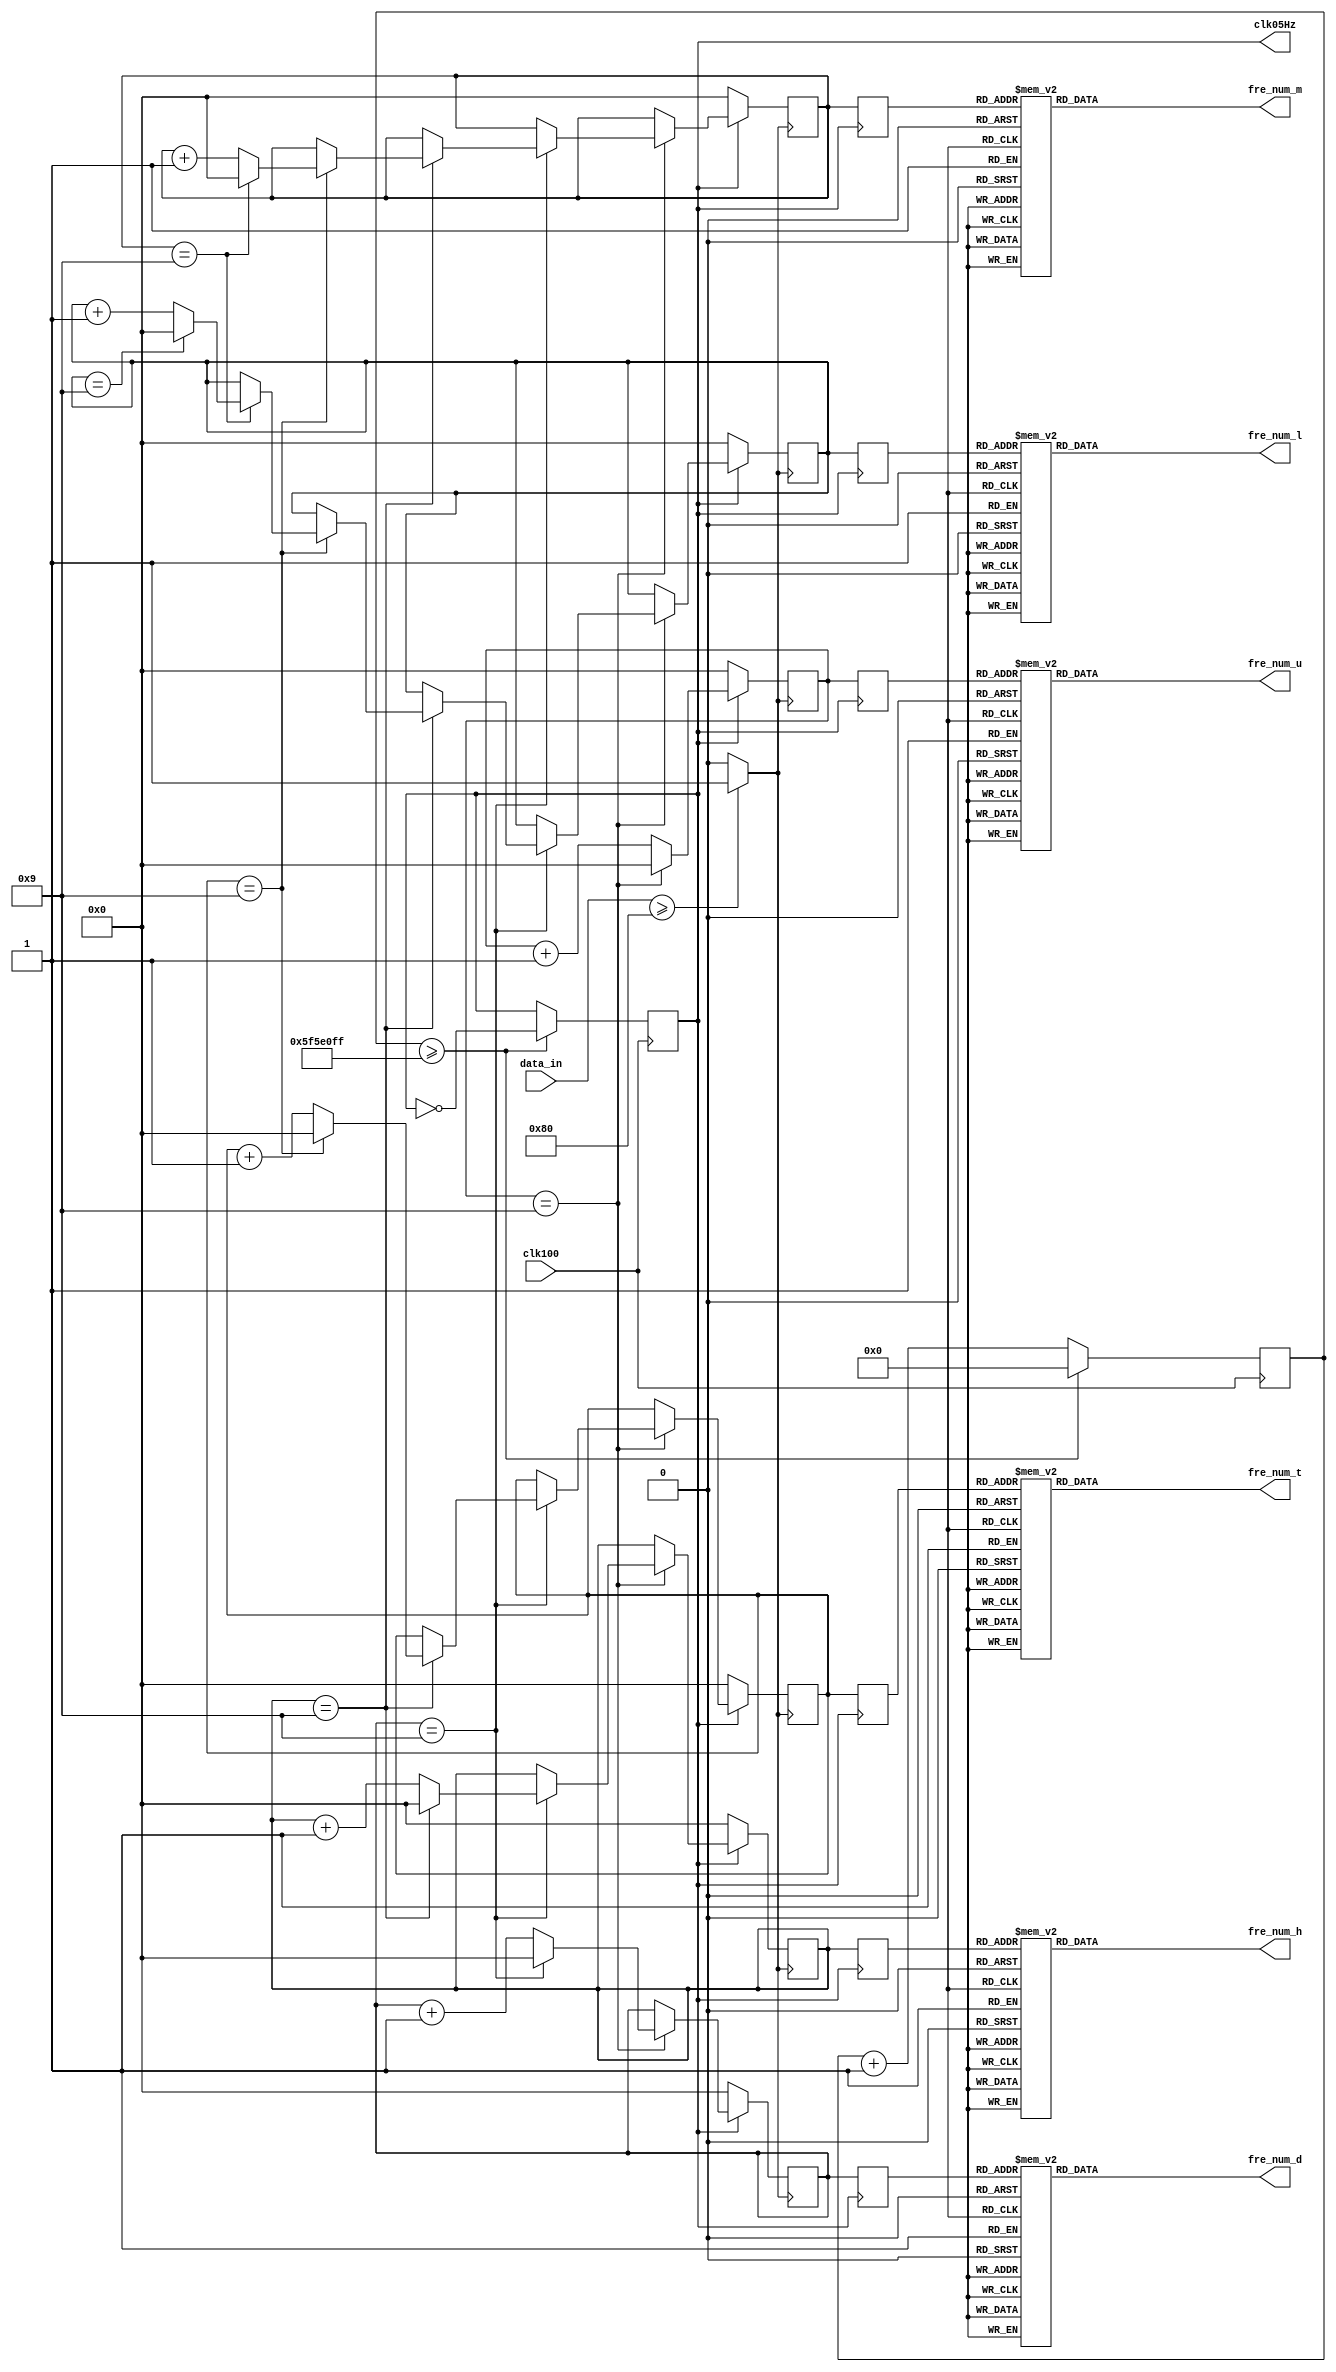
`timescale 1ns / 1ps

module Fre_Calculate(
input clk100,//clock input,100MHz
output clk05Hz,//clock output,0.5 Hz
input [7:0] data_in,//waveform data
output reg[3:0] fre_num_u,//unit bit of frequence 
output reg[3:0] fre_num_d,//decade bit of frequence 
output reg[3:0] fre_num_h,//hundred  bit of frequence 
output reg[3:0] fre_num_t,//thousand bit of frequence 
output reg[3:0] fre_num_m,//myria bit of frequence 
output reg[3:0] fre_num_l//lac bit of frequence 

    );
    
reg[26:0] clk_1Hz_cnt;
reg clk1Hz;
always@(posedge clk100)begin
if(clk_1Hz_cnt>= 99999999)begin
clk_1Hz_cnt <= 0;
clk1Hz <= ~clk1Hz;
end
else
clk_1Hz_cnt <= clk_1Hz_cnt+1;
end
assign clk05Hz = clk1Hz;

reg[3:0] b0,b1,b2,b3,b4,b5;
reg[3:0] b0_reg,b1_reg,b2_reg,b3_reg,b4_reg,b5_reg;

wire pulse;
assign pulse = (data_in >= 8'b10000000 )? 1:0;
always@(posedge pulse)begin
    if(clk1Hz ==1'b1)begin
        if(b0==9) begin b0<=0;
             if(b1==9)begin b1<=0;
               if(b2==9)begin b2<=0;
                    if(b3==9)begin b3<=0; //
                          if(b4==9)begin b4<=0;
                              if(b5==9) b5<=0;
                              else b5<=b5+1;
                          end
                         else b4<=b4+1;
                        end			
                      else b3<=b3+1;
                    end
                  else b2<=b2+1;
              end
              else b1<=b1+1;
             end
        else b0<=b0+1;
    end
    else begin
        b0<=0;
        b1<=0;
        b2<=0;
        b3<=0;
        b4<=0;
        b5<=0; 
    end
end
    
always@(negedge clk1Hz)begin
    b0_reg <= b0;
    b1_reg <= b1;
    b2_reg <= b2;
    b3_reg <= b3;
    b4_reg <= b4;
    b5_reg <= b5;
end 
    

    
always@(*)begin
    case(b0_reg)
    4'b0000: fre_num_u <= 4'b0000;
    4'b0001: fre_num_u <= 4'b0001;
    4'b0010: fre_num_u <= 4'b0010;
    4'b0011: fre_num_u <= 4'b0011;
    4'b0100: fre_num_u <= 4'b0100;
    4'b0101: fre_num_u <= 4'b0101;
    4'b0110: fre_num_u <= 4'b0110;
    4'b0111: fre_num_u <= 4'b0111;
    4'b1000: fre_num_u <= 4'b1000;
    4'b1001: fre_num_u <= 4'b1001;
   default:  fre_num_u <= 4'b0000;
   endcase
end

always@(*)begin
    case(b1_reg)
    4'b0000: fre_num_d <= 4'b0000;
    4'b0001: fre_num_d <= 4'b0001;
    4'b0010: fre_num_d <= 4'b0010;
    4'b0011: fre_num_d <= 4'b0011;
    4'b0100: fre_num_d <= 4'b0100;
    4'b0101: fre_num_d <= 4'b0101;
    4'b0110: fre_num_d <= 4'b0110;
    4'b0111: fre_num_d <= 4'b0111;
    4'b1000: fre_num_d <= 4'b1000;
    4'b1001: fre_num_d <= 4'b1001;
   default:  fre_num_d <= 4'b0000;
   endcase
end

always@(*)begin
    case(b2_reg)
    4'b0000: fre_num_h <= 4'b0000;
    4'b0001: fre_num_h <= 4'b0001;
    4'b0010: fre_num_h <= 4'b0010;
    4'b0011: fre_num_h <= 4'b0011;
    4'b0100: fre_num_h <= 4'b0100;
    4'b0101: fre_num_h <= 4'b0101;
    4'b0110: fre_num_h <= 4'b0110;
    4'b0111: fre_num_h <= 4'b0111;
    4'b1000: fre_num_h <= 4'b1000;
    4'b1001: fre_num_h <= 4'b1001;
   default:  fre_num_h <= 4'b0000;
   endcase
end

always@(*)begin
    case(b3_reg)
    4'b0000: fre_num_t <= 4'b0000;
    4'b0001: fre_num_t <= 4'b0001;
    4'b0010: fre_num_t <= 4'b0010;
    4'b0011: fre_num_t <= 4'b0011;
    4'b0100: fre_num_t <= 4'b0100;
    4'b0101: fre_num_t <= 4'b0101;
    4'b0110: fre_num_t <= 4'b0110;
    4'b0111: fre_num_t <= 4'b0111;
    4'b1000: fre_num_t <= 4'b1000;
    4'b1001: fre_num_t <= 4'b1001;
   default:  fre_num_t <= 4'b0000;
   endcase
end

always@(*)begin
    case(b4_reg)
    4'b0000: fre_num_m <= 4'b0000;
    4'b0001: fre_num_m <= 4'b0001;
    4'b0010: fre_num_m <= 4'b0010;
    4'b0011: fre_num_m <= 4'b0011;
    4'b0100: fre_num_m <= 4'b0100;
    4'b0101: fre_num_m <= 4'b0101;
    4'b0110: fre_num_m <= 4'b0110;
    4'b0111: fre_num_m <= 4'b0111;
    4'b1000: fre_num_m <= 4'b1000;
    4'b1001: fre_num_m <= 4'b1001;
   default:  fre_num_m <= 4'b0000;
   endcase
end

always@(*)begin
    case(b5_reg)
    4'b0000: fre_num_l <= 4'b0000;
    4'b0001: fre_num_l <= 4'b0001;
    4'b0010: fre_num_l <= 4'b0010;
    4'b0011: fre_num_l <= 4'b0011;
    4'b0100: fre_num_l <= 4'b0100;
    4'b0101: fre_num_l <= 4'b0101;
    4'b0110: fre_num_l <= 4'b0110;
    4'b0111: fre_num_l <= 4'b0111;
    4'b1000: fre_num_l <= 4'b1000;
    4'b1001: fre_num_l <= 4'b1001;
   default:  fre_num_l <= 4'b0000;
   endcase
end
endmodule